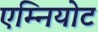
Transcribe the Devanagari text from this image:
एम्नियोट